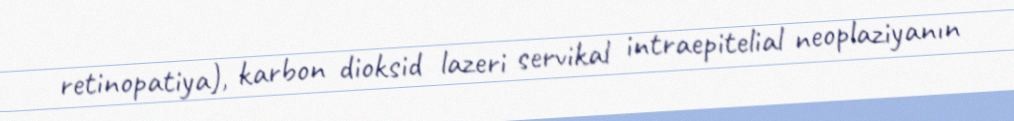
retinopatiya), karbon dioksid lazeri servikal intraepitelial neoplaziyanın